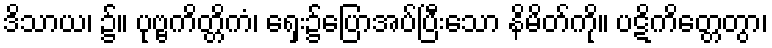
ဒိသာယ၊ ၌။ ပုဗ္ဗကိတ္တိကံ၊ ရှေး၌ပြောအပ်ပြီးသော နိမိတ်ကို။ ပဋိကိတ္တေတွာ၊